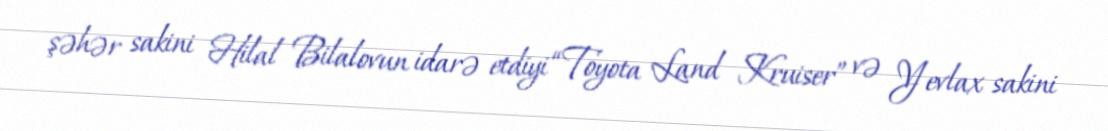
şəhər sakini Hilal Bilalovun idarə etdiyi “Toyota Land Kruiser” və Yevlax sakini